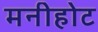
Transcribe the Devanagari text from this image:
मनीहोट